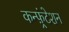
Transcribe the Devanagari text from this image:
कन्फ़्रंटेशन